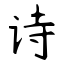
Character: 诗